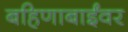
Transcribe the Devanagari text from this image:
बहिणाबाईंवर